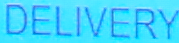
DELIVERY